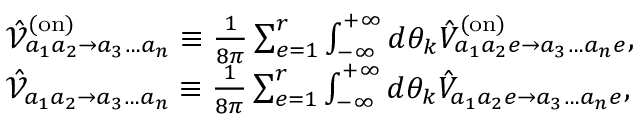
\begin{array} { r l } & { \hat { \mathcal { V } } _ { a _ { 1 } a _ { 2 } \to a _ { 3 } \dots a _ { n } } ^ { ( \mathrm { o n } ) } \equiv \frac { 1 } { 8 \pi } \sum _ { e = 1 } ^ { r } \int _ { - \infty } ^ { + \infty } d \theta _ { k } \hat { V } _ { a _ { 1 } a _ { 2 } e \to a _ { 3 } \dots a _ { n } e } ^ { ( \mathrm { o n } ) } , } \\ & { \hat { \mathcal { V } } _ { a _ { 1 } a _ { 2 } \to a _ { 3 } \dots a _ { n } } \equiv \frac { 1 } { 8 \pi } \sum _ { e = 1 } ^ { r } \int _ { - \infty } ^ { + \infty } d \theta _ { k } \hat { V } _ { a _ { 1 } a _ { 2 } e \to a _ { 3 } \dots a _ { n } e } , } \end{array}